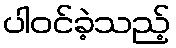
ပါဝင်ခဲ့သည့်